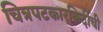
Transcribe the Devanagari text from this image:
चित्रपटकारकिर्दीची